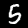
Digit: 5